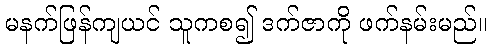
မနက်ဖြန်ကျယင် သူကစ၍ ဒက်ဇာကို ဖက်နမ်းမည်။